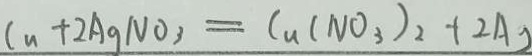
C u + 2 A g N O _ { 3 } = C u ( N O _ { 3 } ) _ { 2 } + 2 A g